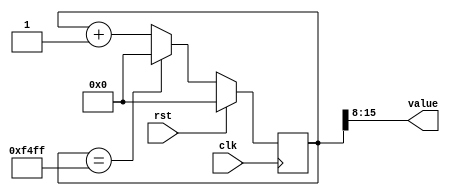
/*
   This file was generated automatically by Alchitry Labs version 1.2.7.
   Do not edit this file directly. Instead edit the original Lucid source.
   This is a temporary file and any changes made to it will be destroyed.
*/

/*
   Parameters:
     SIZE = WIDTH
     DIV = DIV
     TOP = TOP
     UP = 1
*/
module counter_32 (
    input clk,
    input rst,
    output reg [7:0] value
  );
  
  localparam SIZE = 4'h8;
  localparam DIV = 4'h8;
  localparam TOP = 8'hf4;
  localparam UP = 1'h1;
  
  
  reg [15:0] M_ctr_d, M_ctr_q = 1'h0;
  
  localparam MAX_VALUE = 16'hf4ff;
  
  always @* begin
    M_ctr_d = M_ctr_q;
    
    value = M_ctr_q[8+7-:8];
    if (1'h1) begin
      M_ctr_d = M_ctr_q + 1'h1;
      if (1'h1 && M_ctr_q == 16'hf4ff) begin
        M_ctr_d = 1'h0;
      end
    end else begin
      M_ctr_d = M_ctr_q - 1'h1;
      if (1'h1 && M_ctr_q == 1'h0) begin
        M_ctr_d = 16'hf4ff;
      end
    end
  end
  
  always @(posedge clk) begin
    if (rst == 1'b1) begin
      M_ctr_q <= 1'h0;
    end else begin
      M_ctr_q <= M_ctr_d;
    end
  end
  
endmodule